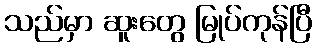
သည်မှာ ဆူးတွေ မြုပ်ကုန်ပြီ